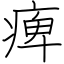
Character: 痺